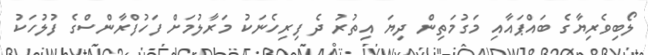
ލޯބިވެރިޔާގެ ބައްޕައާއި މަގުމަތިން ދިޔަ އިތުރު ދެ ފިރިހެނަކު މަރާލުމަށް ފަހުފްރާންސްގެ ފުލުހަކު